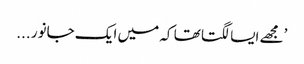
’مجھے ایسا لگتا تھا کہ میں ایک جانور ...